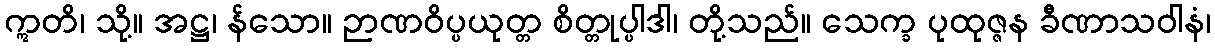
ဣတိ၊ သို့။ အဋ္ဌ၊ န်သော။ ဉာဏဝိပ္ပယုတ္တ စိတ္တုပ္ပါဒါ၊ တို့သည်။ သေက္ခ ပုထုဇ္ဇန ခီဏာသဝါနံ၊